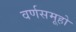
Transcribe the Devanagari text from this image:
वर्णसमूहो